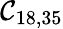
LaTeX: \mathcal{C}_{18,35}